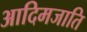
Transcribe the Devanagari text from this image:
आदिमजाति